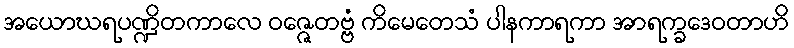
အယောဃရပဏ္ဍိတကာလေ ဝဇ္ဇေတဗ္ဗံ ကိမေတေသံ ပါနကာရကာ အာရက္ခဒေဝတာဟိ